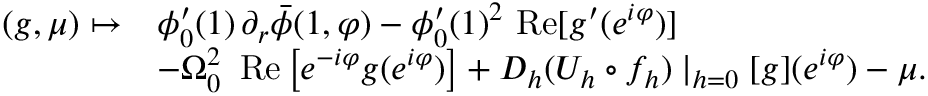
\begin{array} { r l } { ( g , \mu ) \mapsto } & { \phi _ { 0 } ^ { \prime } ( 1 ) \, \partial _ { r } \bar { \phi } ( 1 , \varphi ) - \phi _ { 0 } ^ { \prime } ( 1 ) ^ { 2 } \mathrm { \normalfont ~ R e } [ g ^ { \prime } ( e ^ { i \varphi } ) ] } \\ & { - \Omega _ { 0 } ^ { 2 } \, \mathrm { \normalfont ~ R e } \left[ e ^ { - i \varphi } g ( e ^ { i \varphi } ) \right] + D _ { h } ( U _ { h } \circ f _ { h } ) \mid _ { h = 0 } [ g ] ( e ^ { i \varphi } ) - \mu . } \end{array}